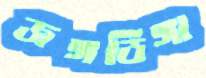
জঙ্গডিঙ্গা